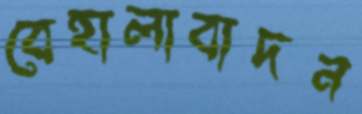
বেহালাবাদন